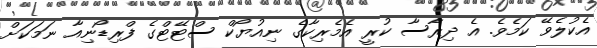
އެކުލެވޭ ކަމެވެ. އެ ދިރާސާ ކުރީ އެމެރިކާގެ ނިއުޔޯކް ސްޓޭޓްގެ ފްރިޑޯނިއާ ނަމަކަށް